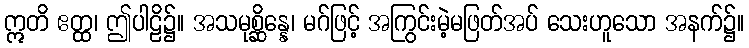
ဣတိ ဧတ္ထ၊ ဤပါဠိ၌။ အသမုစ္ဆိန္နေ၊ မဂ်ဖြင့် အကြွင်းမဲ့မဖြတ်အပ် သေးဟူသော အနက်၌။